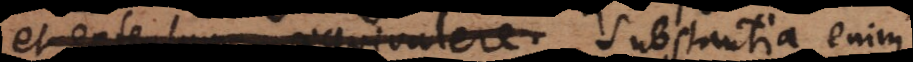
et extensum aequivalere. substantia enim